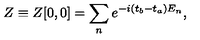
Z \equiv Z [ 0 , 0 ] = \sum _ { n } e ^ { - i ( t _ { b } - t _ { a } ) E _ { n } } ,